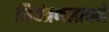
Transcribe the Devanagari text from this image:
नियंत्रणसाधने